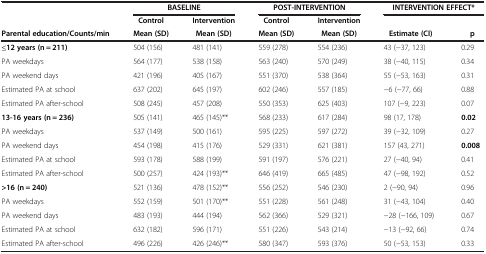
<table><thead><tr><td><b> </b></td><td colspan="2"><b>BASELINE</b></td><td colspan="2"><b>POST-INTERVENTION</b></td><td colspan="2"><b>INTERVENTION EFFECT*</b></td></tr><tr><td><b> </b></td><td><b>Control</b></td><td><b>Intervention</b></td><td><b>Control</b></td><td><b>Intervention</b></td><td><b> </b></td><td><b> </b></td></tr><tr><td><b>Parental education/Counts/min</b></td><td><b>Mean (SD)</b></td><td><b>Mean (SD)</b></td><td><b>Mean (SD)</b></td><td><b>Mean (SD)</b></td><td><b>Estimate (CI)</b></td><td><b>p</b></td></tr></thead><tbody><tr><td><b>≤12 years (n = 211)</b></td><td>504 (156)</td><td>481 (141)</td><td>559 (278)</td><td>554 (236)</td><td>43 (−37, 123)</td><td>0.29</td></tr><tr><td>PA weekdays</td><td>564 (177)</td><td>538 (158)</td><td>563 (240)</td><td>570 (249)</td><td>38 (−40, 115)</td><td>0.34</td></tr><tr><td>PA weekend days</td><td>421 (196)</td><td>405 (167)</td><td>551 (370)</td><td>538 (364)</td><td>55 (−53, 163)</td><td>0.31</td></tr><tr><td>Estimated PA at school</td><td>637 (202)</td><td>645 (197)</td><td>602 (246)</td><td>557 (185)</td><td>−6 (−77, 66)</td><td>0.88</td></tr><tr><td>Estimated PA after-school</td><td>508 (245)</td><td>457 (208)</td><td>550 (353)</td><td>625 (403)</td><td>107 (−9, 223)</td><td>0.07</td></tr><tr><td><b>13-16 years (n = 236)</b></td><td>505 (141)</td><td>465 (145)**</td><td>568 (233)</td><td>617 (284)</td><td>98 (17, 178)</td><td><b>0.02</b></td></tr><tr><td>PA weekdays</td><td>537 (149)</td><td>500 (161)</td><td>595 (225)</td><td>597 (272)</td><td>39 (−32, 109)</td><td>0.27</td></tr><tr><td>PA weekend days</td><td>454 (198)</td><td>415 (176)</td><td>529 (331)</td><td>621 (381)</td><td>157 (43, 271)</td><td><b>0.008</b></td></tr><tr><td>Estimated PA at school</td><td>593 (178)</td><td>588 (199)</td><td>591 (197)</td><td>576 (221)</td><td>27 (−40, 94)</td><td>0.41</td></tr><tr><td>Estimated PA after-school</td><td>500 (257)</td><td>424 (193)**</td><td>646 (419)</td><td>665 (485)</td><td>47 (−98, 192)</td><td>0.52</td></tr><tr><td><b>&gt;16 (n = 240)</b></td><td>521 (136)</td><td>478 (152)**</td><td>556 (252)</td><td>546 (230)</td><td>2 (−90, 94)</td><td>0.96</td></tr><tr><td>PA weekdays</td><td>552 (159)</td><td>501 (170)**</td><td>551 (228)</td><td>561 (248)</td><td>31 (−43, 104)</td><td>0.40</td></tr><tr><td>PA weekend days</td><td>483 (193)</td><td>444 (194)</td><td>562 (366)</td><td>529 (321)</td><td>−28 (−166, 109)</td><td>0.67</td></tr><tr><td>Estimated PA at school</td><td>632 (182)</td><td>596 (171)</td><td>551 (226)</td><td>543 (214)</td><td>−13 (−92, 66)</td><td>0.74</td></tr><tr><td>Estimated PA after-school</td><td>496 (226)</td><td>426 (246)**</td><td>580 (347)</td><td>593 (376)</td><td>50 (−53, 153)</td><td>0.33</td></tr></tbody></table>